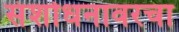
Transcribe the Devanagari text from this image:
संशोधनावरचा